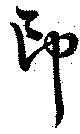
印